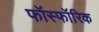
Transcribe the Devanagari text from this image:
फॉस्फॉरिक